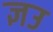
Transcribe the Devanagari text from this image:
ज्ञउ